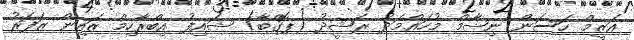
އަޒީމް ހަސަން ނިޝާމް މުހައްމަދު ރަޝީދު (ޕޮގްބާ) ޝައިފު އިބްރާހިމް ޒައިން ޒަފަރު